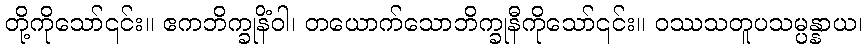
တို့ကိုသော်၎င်း။ ဧကဘိက္ခုနိံဝါ၊ တယောက်သောဘိက္ခုနီကိုသော်၎င်း။ ဝဿသတူပသမ္ပန္နာယ၊